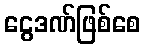
ငွေဒဏ်ဖြစ်စေ